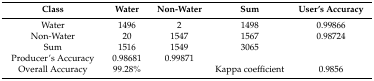
| Class | Water | Non-Water | Sum | User’s Accuracy |
 | --- | --- | --- | --- | --- |
 | Water | 1496 | 2 | 1498 | 0.99866 |
 | Non-Water | 20 | 1547 | 1567 | 0.98724 |
 | Sum | 1516 | 1549 | 3065 |  |
 | Producer’s Accuracy | 0.98681 | 0.99871 |  |  |
 | Overall Accuracy | 99.28% |  | Kappa coefficient | 0.9856 |